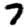
Digit: 7